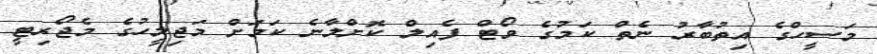
މަސީހްގެ އިތުބާރު ނެތް ކަމުގެ ވޯޓް ފެއިލް ކޮށްލާނެ ކަމަށް މަޖިލީހުގެ މެޖޯރިޓީ